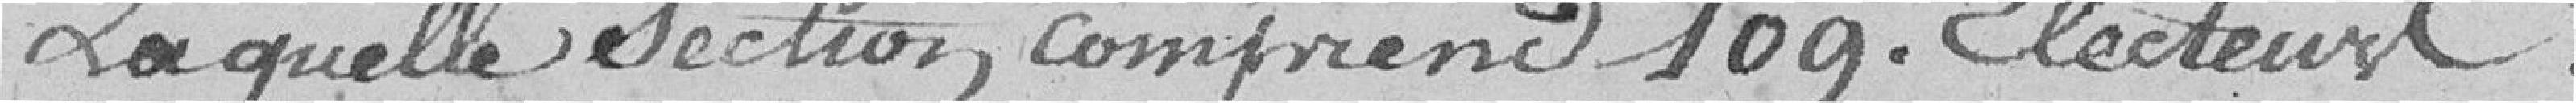
Laquelle section comprend 109 électeurs.